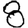
Digit: 8